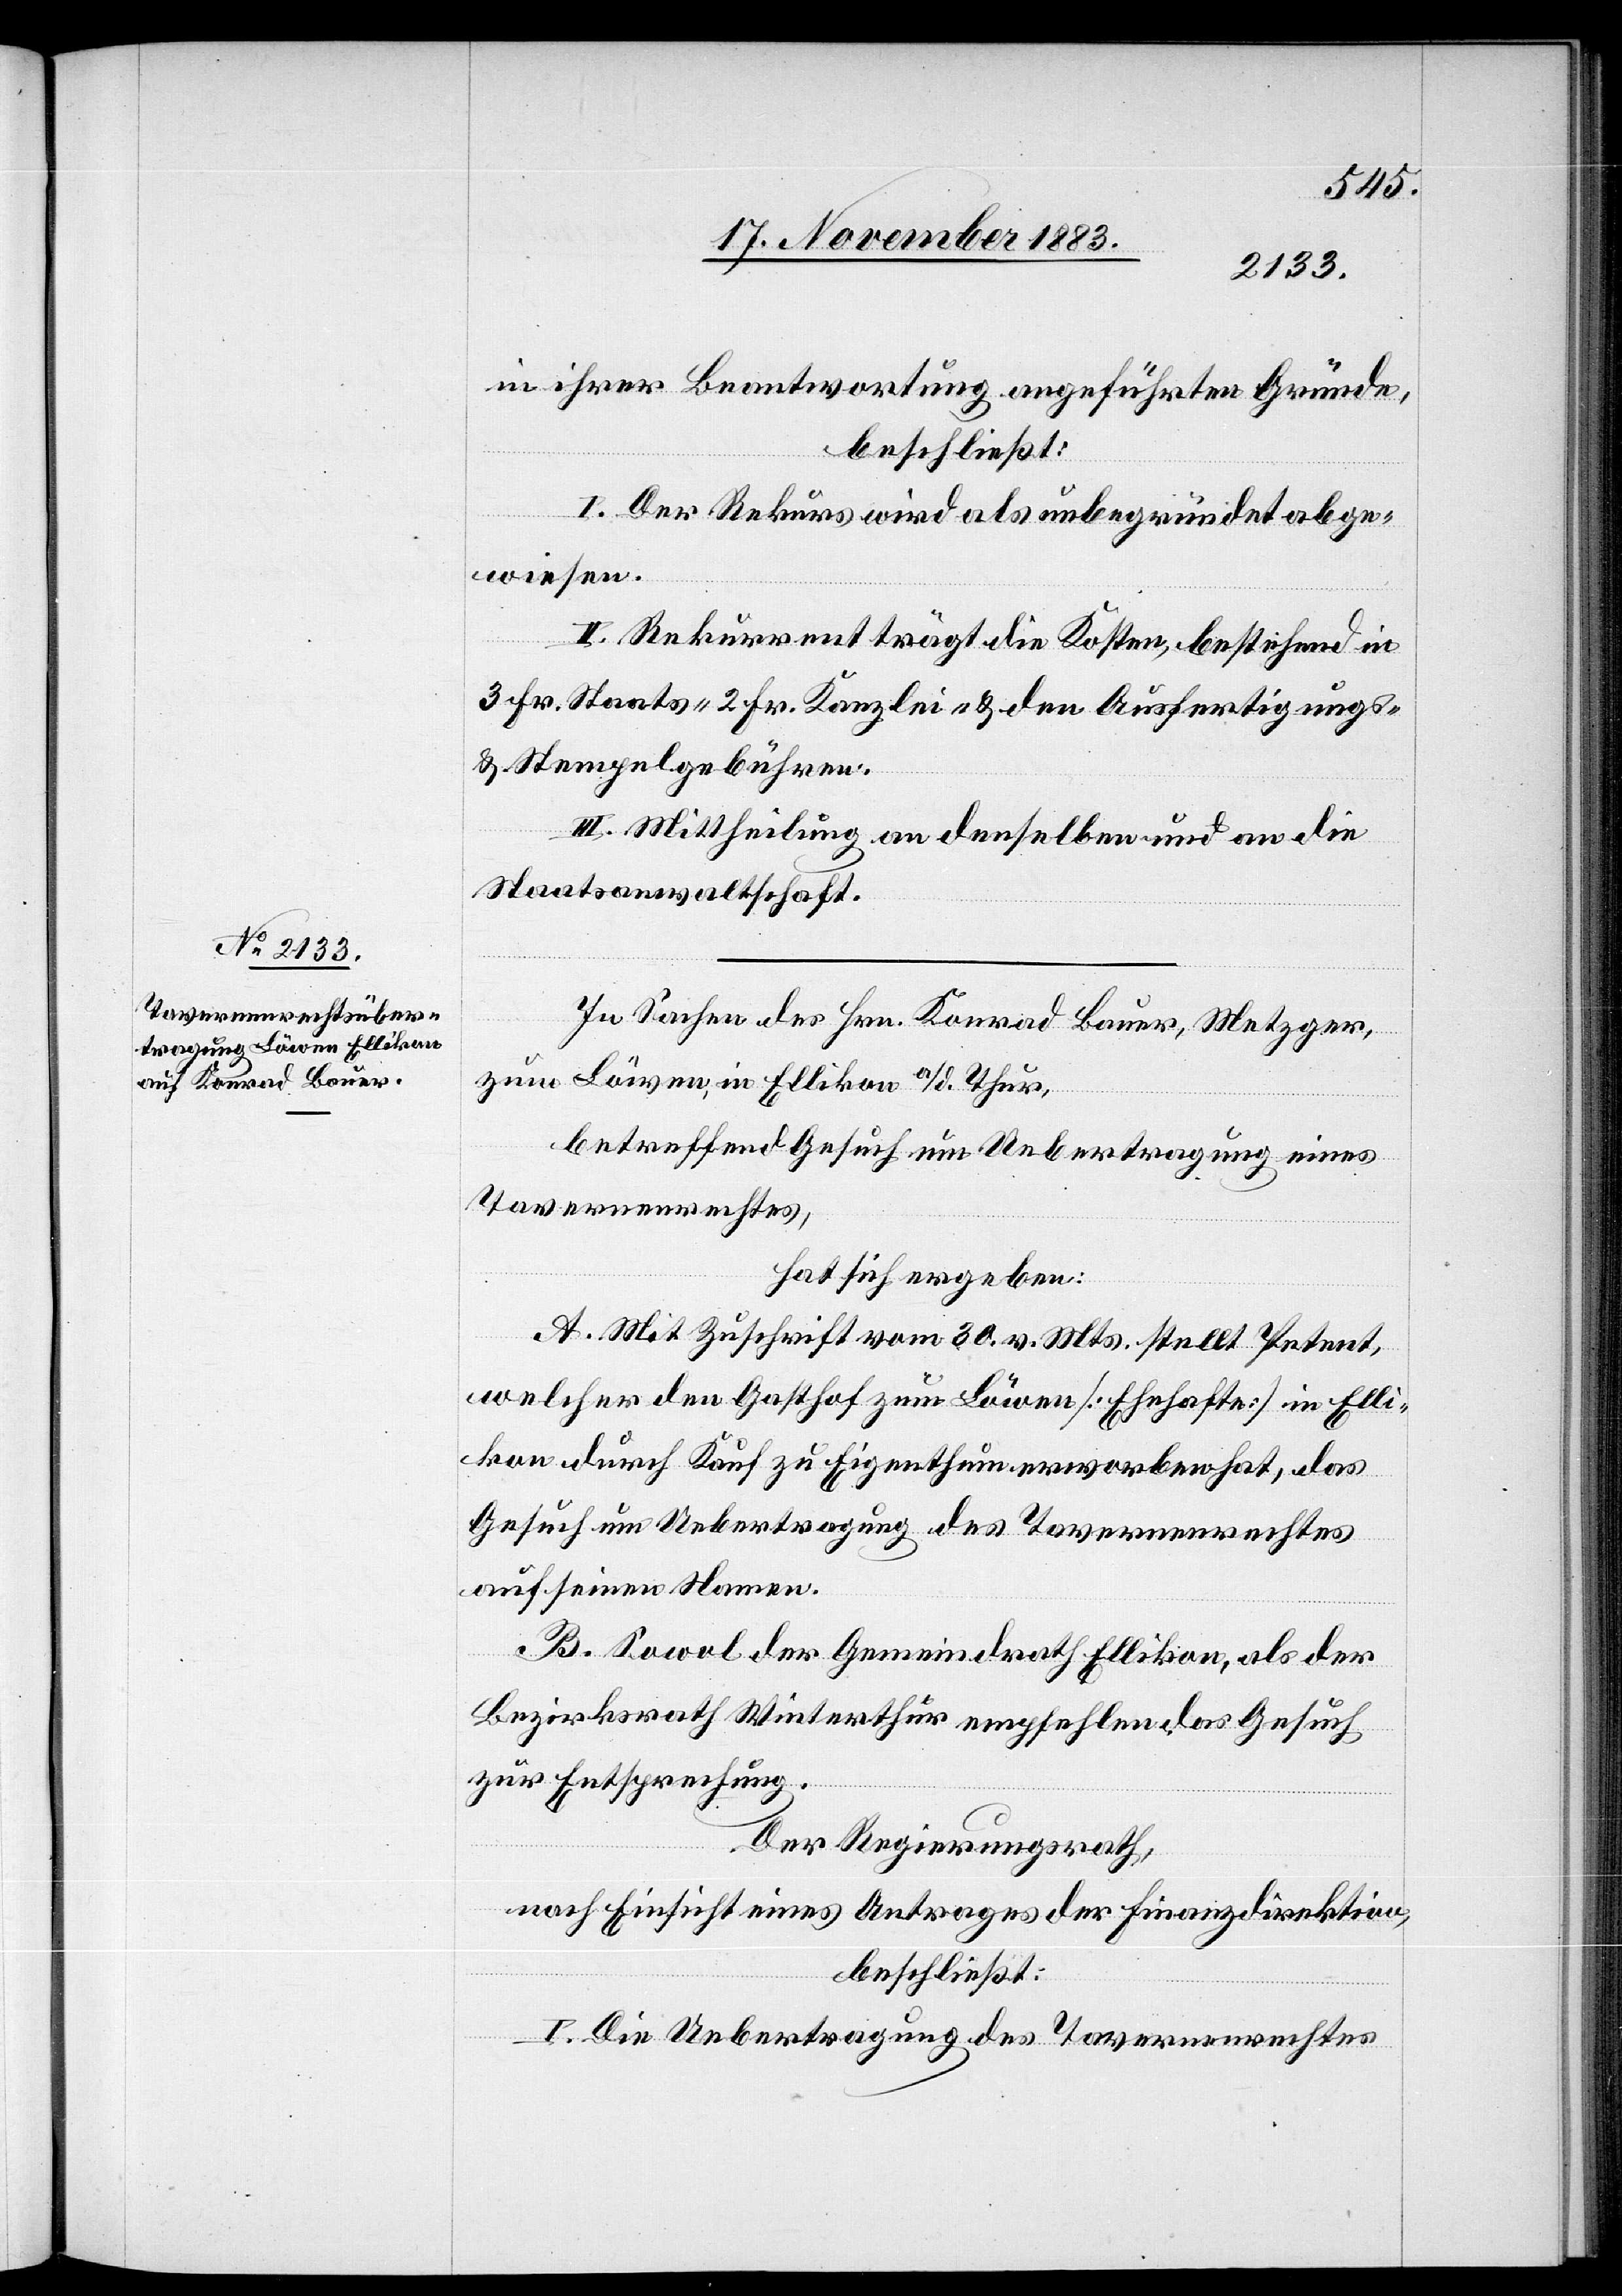
in ihrer Beantwortung angeführten Gründe,
beschließt:
I. Der Rekurs wird als unbegründet abge¬
wiesen.
II. Rekurrent trägt die Kosten, bestehend in
3 Fr. Staats- 2 Fr. Kanzlei- & den Ausfertigungs-
& Stempelgebühren.
III. Mittheilung an denselben und an die
Staatsanwaltschaft.
In Sachen des Hrn. Konrad Bauer, Metzger,
zum Löwen; in Ellikon a/d. Thur,
betreffend Gesuch um Uebertragung, eines
Tavernenrechtes,
hat sich ergeben:
A. Mit Zuschrift vom 30. v. Mts. stellt Petent,
welcher den Gasthof zum Löwen [Ehehafte] in Elli¬
kon durch Kauf zu Eigenthum erworben hat, das
Gesuch um Uebertragung des Tavernenrechtes
auf seinen Namen.
B. Sowol der Gemeindrath Ellikon, als der
Bezirksrath Winterthur empfehlen das Gesuch
zur Entsprechung.
Der Regierungsrath,
nach Einsicht eines Antrages der Finanzdirektion,
beschließt:
I. Die Uebertragung des Tavernenrechtes